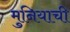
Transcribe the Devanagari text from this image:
मुनियाची